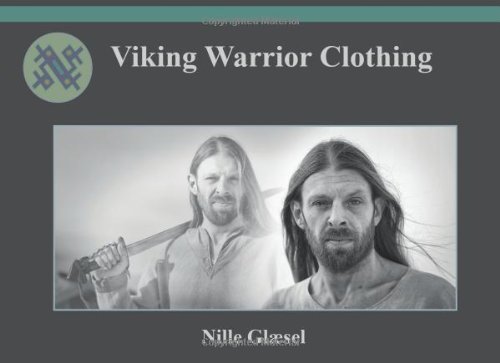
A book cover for Viking warrior clothing; Mrs Nille Glaesel; History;